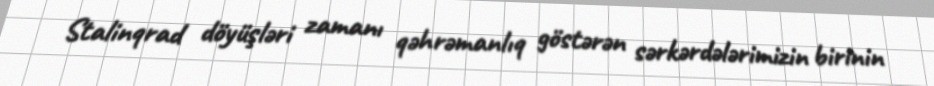
Stalinqrad döyüşləri zamanı qəhrəmanlıq göstərən sərkərdələrimizin birinin